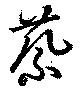
蔡